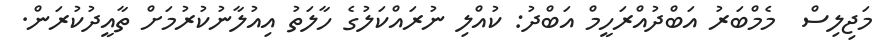
މަޖިލިސް  މެމްބަރު އަބްދުއްރަހީމް އަބްދު: ކުއްލި ނުރައްކަލުގެ ހާލަތު އިއުލާނުކުރުމަށް ތާއީދުކުރަން.